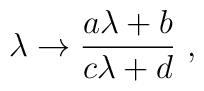
\lambda \rightarrow {a \lambda + b\over c\lambda + d} ~,